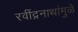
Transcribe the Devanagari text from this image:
रवींद्रनाथांमुळे